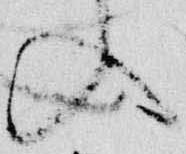
入